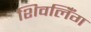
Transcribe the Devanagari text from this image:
शिवलिँग